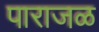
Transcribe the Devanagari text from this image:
पाराजळ